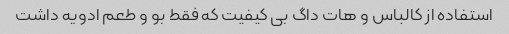
استفاده از کالباس و هات داگ بی کیفیت که فقط بو و طعم ادویه داشت